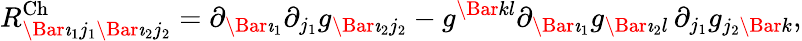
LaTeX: R_{\Bar{\imath}_{1}j_{1}\Bar{\imath}_{2}j_{2}}^{\mathrm{Ch}}=\partial_{\Bar{\imath}_{1}}\partial_{j_{1}}g_{\Bar{\imath}_{2}j_{2}}-g^{\Bar{k}l}\partial_{\Bar{\imath}_{1}}g_{\Bar{\imath}_{2}l}\, \partial_{j_{1}}g_{j_{2}\Bar{k}},